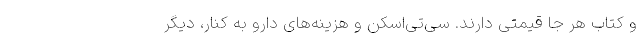
و کتاب هر جا قیمتی دارند. سی‌تی‌اسکن و هزینه‌های دارو به‌ کنار، دیگر